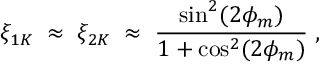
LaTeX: \xi _ { 1 K } \; \approx \; \xi _ { 2 K } \; \approx \; \frac { \sin ^ { 2 } ( 2 \phi _ { m } ) } { 1 + \cos ^ { 2 } ( 2 \phi _ { m } ) } \; ,